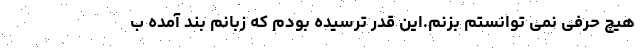
هیچ حرفی نمی توانستم بزنم.این قدر ترسیده بودم که زبانم بند آمده ب